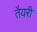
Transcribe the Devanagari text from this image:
तैयरी